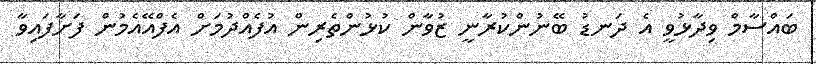
ބައްސާމް ވިދާޅުވީ އެ ދަނޑު ބޭނުންކުރާނީ ޒުވާން ކުޅުންތެރިން އުފެއްދުމަށް އެފްއޭއެމުން ފަށާފައިވާ